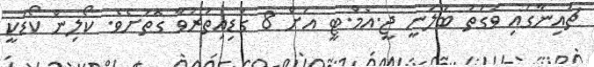
ޗައިނާގައި ވަގުތު ބަލަނީ ޖީ.އެމް.ޓީ އަށް 8 ގަޑިއިތުރުވާ ގޮތަށެވެ. ކޯލިން ކޯޑަކީ